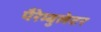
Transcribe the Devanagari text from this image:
पैरेम्बुलेटर